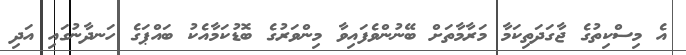
އެ މިސްކިތުގެ ޖާގަދަތިކަމާ މަރާމާތަށް ބޭނުންވެފައިވާ މިންވަރުގެ ބޮޑުކަމާއެކު ބައްޕަގެ ހަނދާނުގައި އަދި